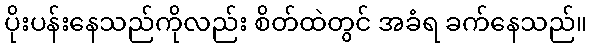
ပိုးပန်းနေသည်ကိုလည်း စိတ်ထဲတွင် အခံရ ခက်နေသည်။